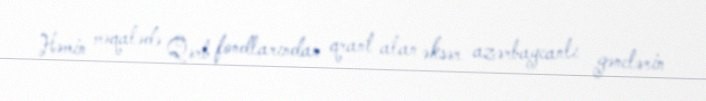
Həmin məqalədə Qərb fondlarından qrant alan əksər azərbaycanlı gənclərin